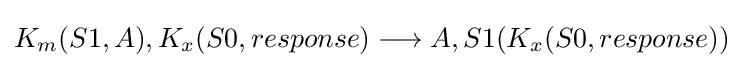
K_{m}(S1,A),K_{x}(S0,response)\longrightarrow A,S1(K_{x}(S0,response))